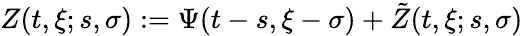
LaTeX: Z(t,\xi;s,\sigma):=\Psi(t-s,\xi-\sigma)+\tilde{Z}(t,\xi;s,\sigma)